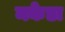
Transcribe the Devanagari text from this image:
मकेडा